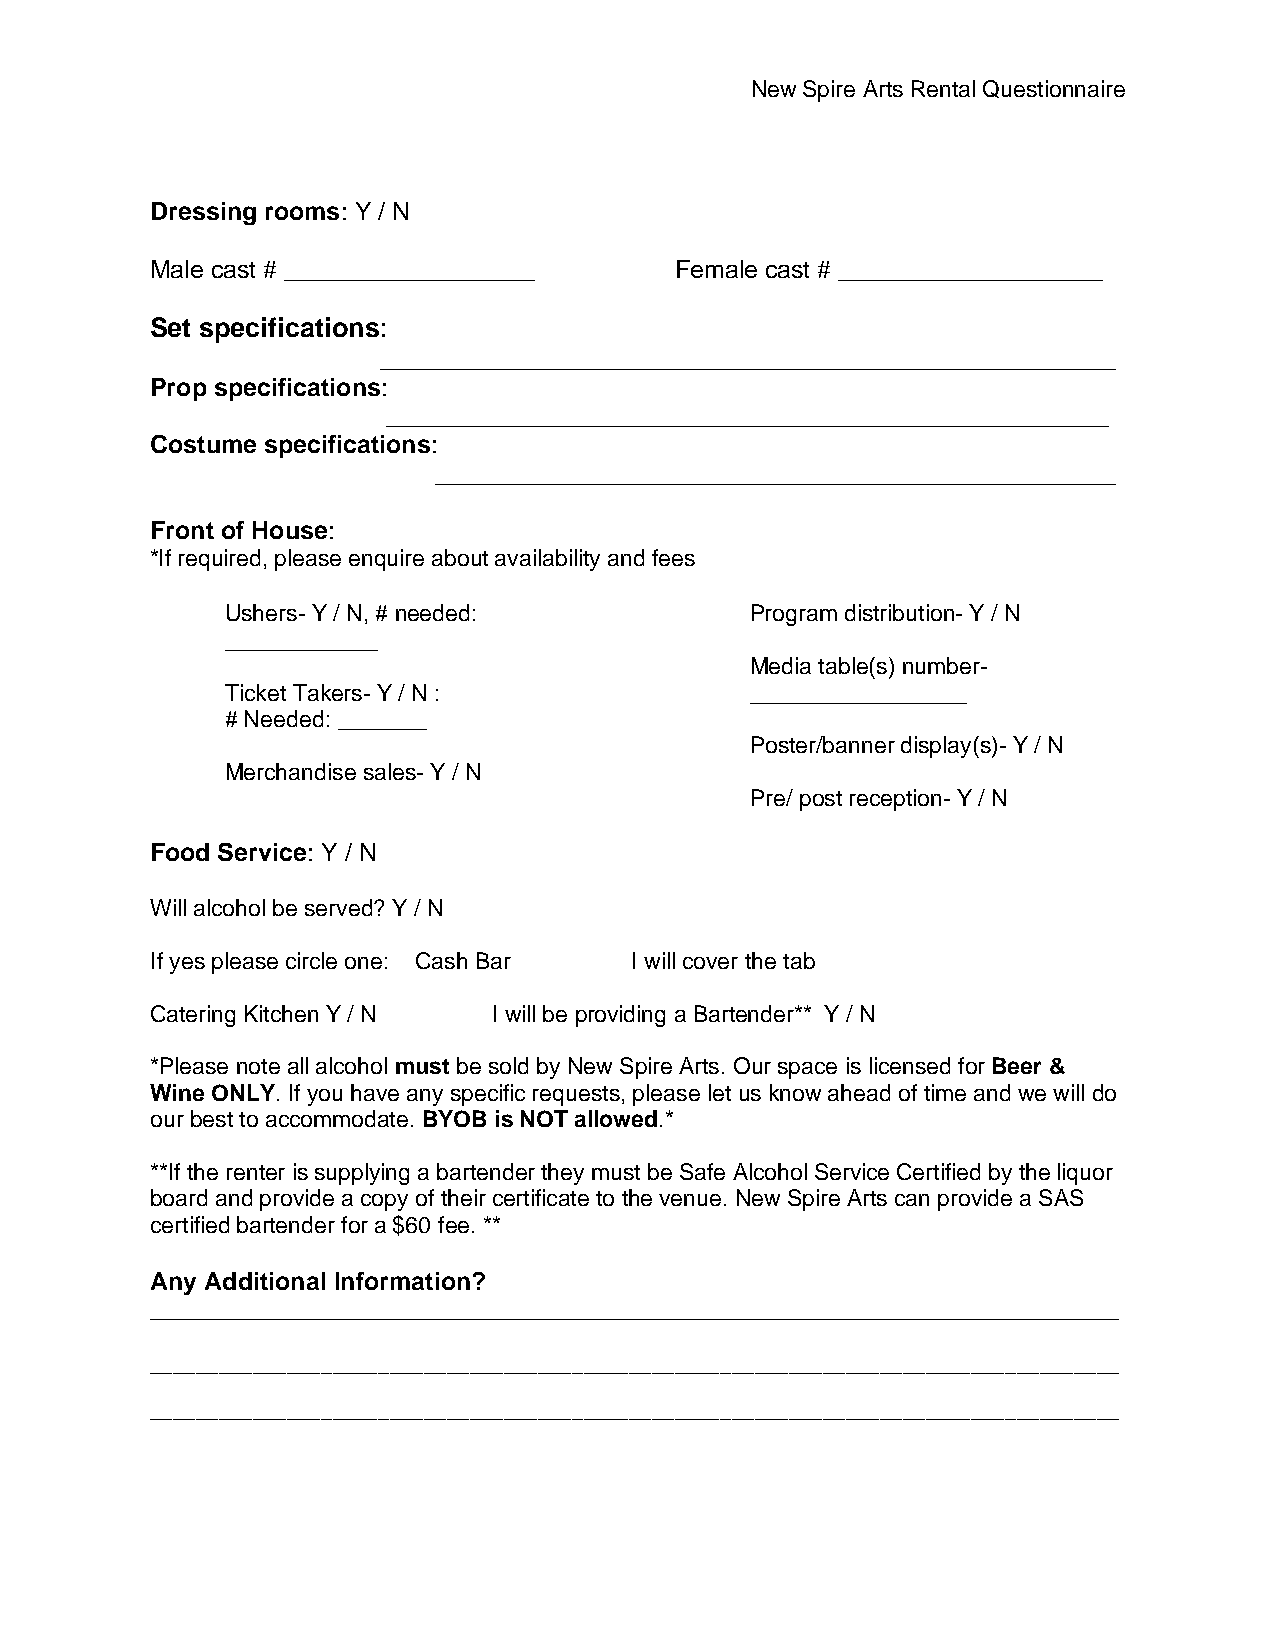
New Spire Arts Rental Questionnaire
 Dressing rooms: Y / N
 Male cast # __________________     Female cast # ___________________
 Set specifications:
 _____________________________________________________
 Prop specifications:
 ____________________________________________________
 Costume specifications:
 _________________________________________________
 Front of House:
 *If required, please enquire about availability and fees
 Ushers- Y / N, # needed:           Program distribution- Y / N
 ____________
 Media table(s) number-
 Ticket Takers- Y / N :             _________________
 # Needed: _______
 Poster/banner display(s)- Y / N
 Merchandise sales- Y / N
 Pre/ post reception- Y / N
 Food Service: Y / N
 Will alcohol be served? Y / N
 If yes please circle one: Cash Bar I will cover the tab
 Catering Kitchen Y / N I will be providing a Bartender** Y / N
 *Please note all alcohol must be sold by New Spire Arts. Our space is licensed for Beer &
 Wine ONLY. If you have any specific requests, please let us know ahead of time and we will do
 our best to accommodate. BYOB is NOT allowed.*
 **If the renter is supplying a bartender they must be Safe Alcohol Service Certified by the liquor
 board and provide a copy of their certificate to the venue. New Spire Arts can provide a SAS
 certified bartender for a $60 fee. **
 Any Additional Information?
 ____________________________________________________________________________
 _____________________________________________________________________________________
 _____________________________________________________________________________________